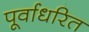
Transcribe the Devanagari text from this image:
पूर्वाधरित